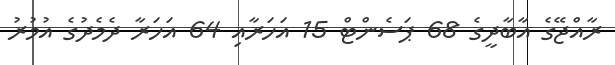
ރާއްޖޭގެ އާބާދީގެ 68 ޕަސެންޓް 15 އަހަރާއި 64 އަހަރާ ދެމެދުގެ އުމުރު